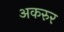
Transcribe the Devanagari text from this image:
अकरुर